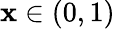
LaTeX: \mathbf{x}\in(0,1)